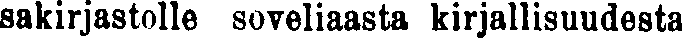
sakirjastolle soveliaasta kirjallisuudesta